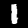
Digit: 1